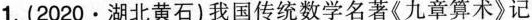
1.(2020·湖北黄石)我国传统数学名著《九章算术》记